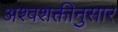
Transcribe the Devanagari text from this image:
अश्वशक्तीनुसार